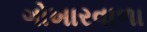
ગોખારવાળા